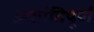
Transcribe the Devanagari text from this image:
अशांतिपूर्ण